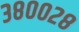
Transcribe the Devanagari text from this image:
३८००२८